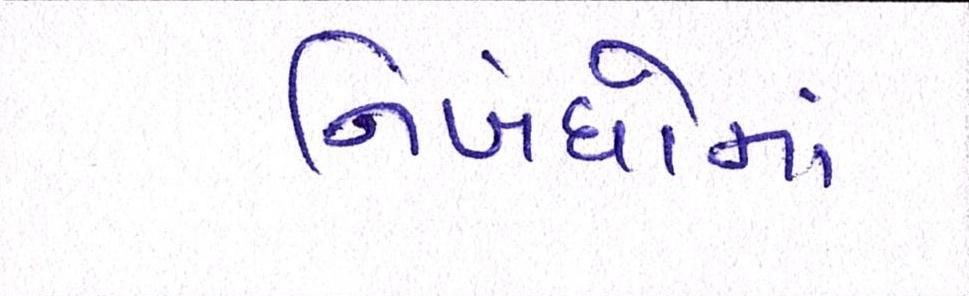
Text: નિબંધોમાં